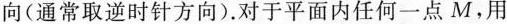
向(通常取逆时针方向)。对于平面内任何一点M，用